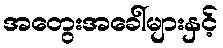
အတွေးအခေါ်များနှင့်